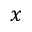
x